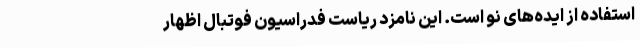
استفاده از ایده‌های نو است. این نامزد ریاست فدراسیون فوتبال اظهار